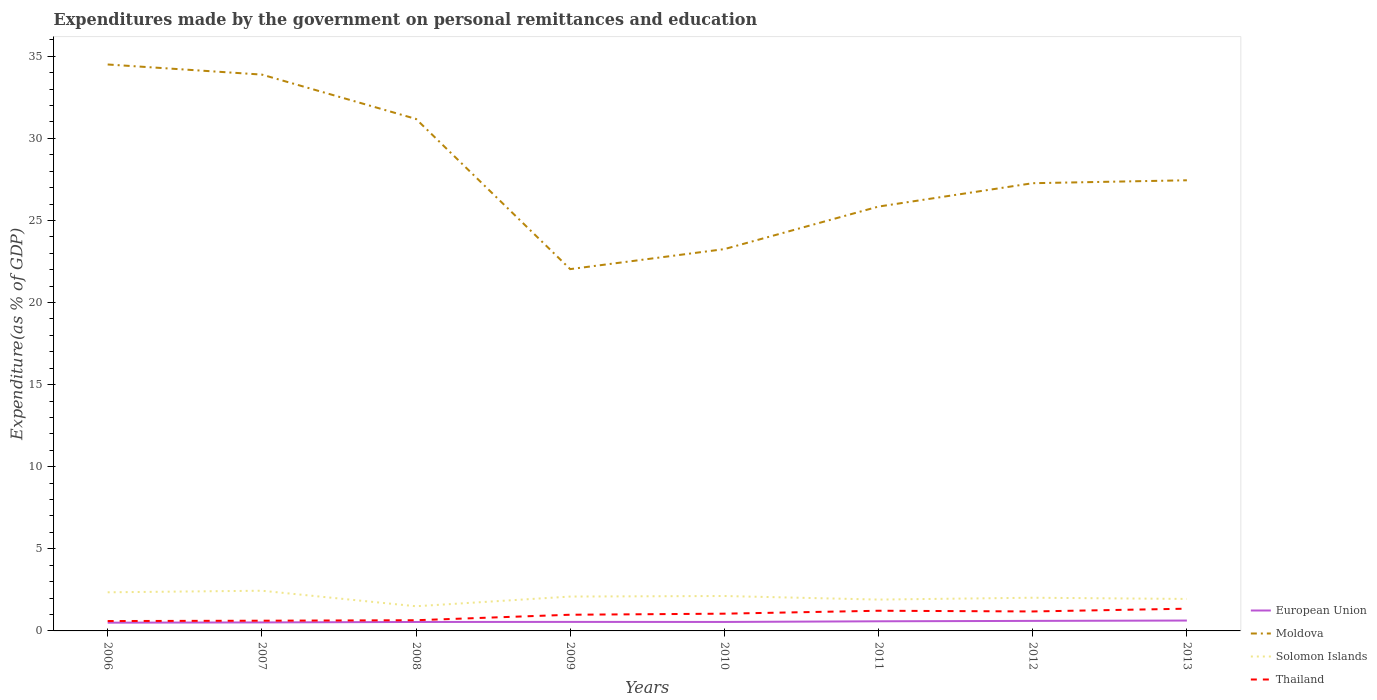
| Years | European Union | Moldova | Solomon Islands | Thailand |
 | --- | --- | --- | --- | --- |
 | 2006 | 0.502 | 34.5 | 2.35 | 0.601 |
 | 2007 | 0.518 | 33.9 | 2.45 | 0.622 |
 | 2008 | 0.545 | 31.2 | 1.5 | 0.651 |
 | 2009 | 0.549 | 22 | 2.09 | 0.986 |
 | 2010 | 0.546 | 23.3 | 2.13 | 1.05 |
 | 2011 | 0.587 | 25.8 | 1.91 | 1.23 |
 | 2012 | 0.611 | 27.3 | 2.02 | 1.19 |
 | 2013 | 0.632 | 27.4 | 1.95 | 1.35 |